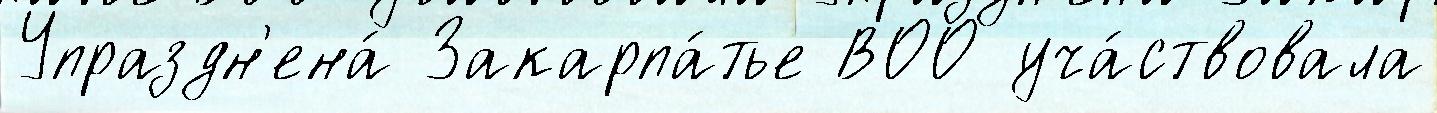
Упраздн'ена́ Закарпа́тье ВОО уча́ствовала